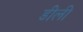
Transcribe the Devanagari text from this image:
डीली